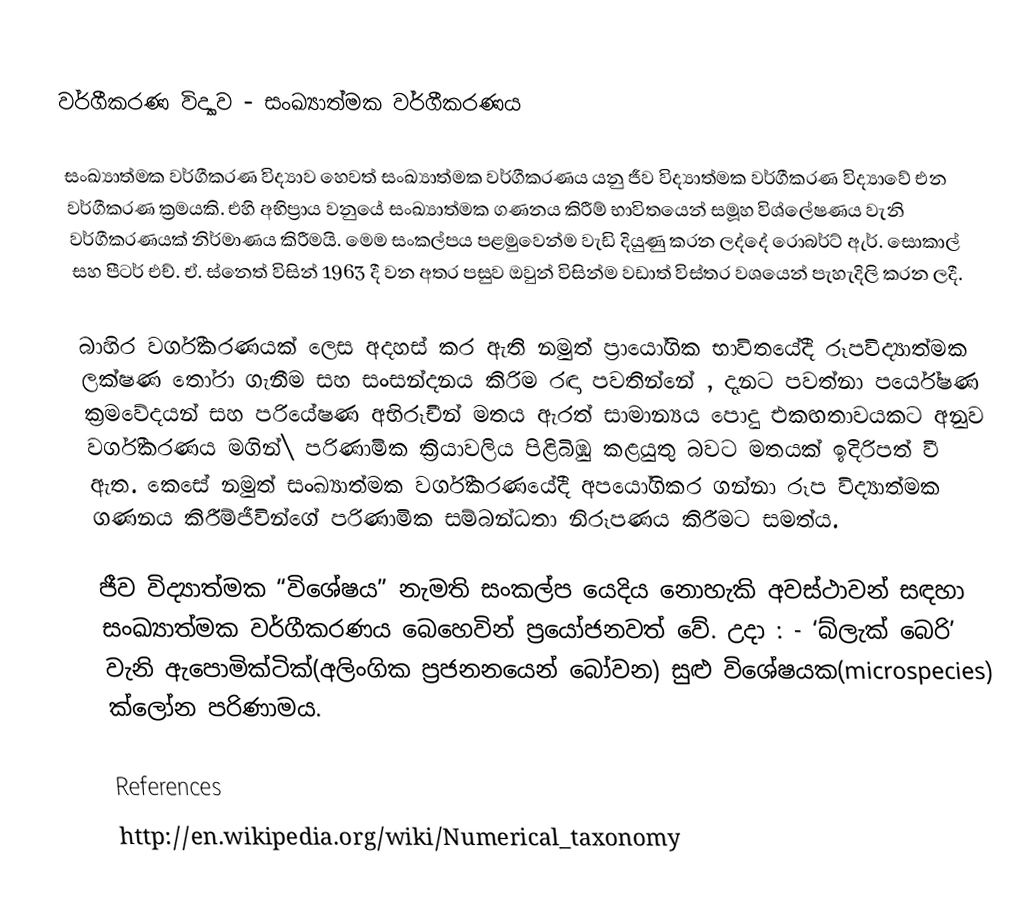
වර්ගීකරණ විද්‍යාව  - සංඛ්‍යාත්මක වර්ගීකරණය

සංඛ්‍යාත්මක වර්ගීකරණ විද්‍යාව හෙවත් සංඛ්‍යාත්මක වර්ගීකරණය යනු ජීව විද්‍යාත්මක වර්ගීකරණ විද්‍යාවේ එන වර්ගීකරණ ක්‍රමයකි. එහි අභිප්‍රාය වනුයේ සංඛ්‍යාත්මක ගණනය කිරීම් භාවිතයෙන් සමූහ විශ්ලේෂණය වැනි වර්ගීකරණයක් නිර්මාණය කිරීමයි. මෙම සංකල්පය පළමුවෙන්ම වැඩි දියුණු කරන ලද්දේ රොබර්ට් ඇර්. සොකාල් සහ පීටර් එච්. ඒ. ස්නෙත් විසින් 1963 දී වන අතර පසුව ඔවුන් විසින්ම වඩාත් විස්තර වශයෙන් පැහැදිලි කරන ලදී.

බාහිර වර්ගීකරණයක් ලෙස අදහස් කර ඇති නමුත් ප්‍රායෝගික භාවිතයේදී රූපවිද්‍යාත්මක ලක්ෂණ තෝරා ගැනීම සහ සංසන්දනය කිරිම රඳා පවතින්නේ , දැනට පවත්නා පර්යේෂණ ක්‍රමවේදයන් සහ පරියේෂණ අභිරූචීන් මතය ඇරත් සාමාන්‍යය පොදු එකඟතාවයකට අනුව වර්ගීකරණය මගින්\ පරිණාමික ක්‍රියාවලිය පිළිබිඹු කළයුතු බවට මතයක් ඉදිරිපත් වී ඇත. කෙසේ නමුත් සංඛ්‍යාත්මක වර්ගීකරණයේදී අපයෝගිකර ගන්නා රූප විද්‍යාත්මක ගණනය කිරීම්ජීවින්ගේ පරිණාමික  සම්බන්ධතා නිරූපණය කිරීමට සමත්ය.

ජීව විද්‍යාත්මක “විශේෂය” නැමති  සංකල්ප යෙදිය නොහැකි අවස්ථාවන් සඳහා සංඛ්‍යාත්මක වර්ගීකරණය බෙහෙවින් ප්‍රයෝජනවත් වේ. උදා : - ‘බ්ලැක් බෙරි’ වැනි ඇපොමික්ටික්(අලිංගික ප්‍රජනනයෙන් බෝවන) සුළු විශේෂයක(microspecies) ක්ලෝන පරිණාමය.

References
http://en.wikipedia.org/wiki/Numerical_taxonomy